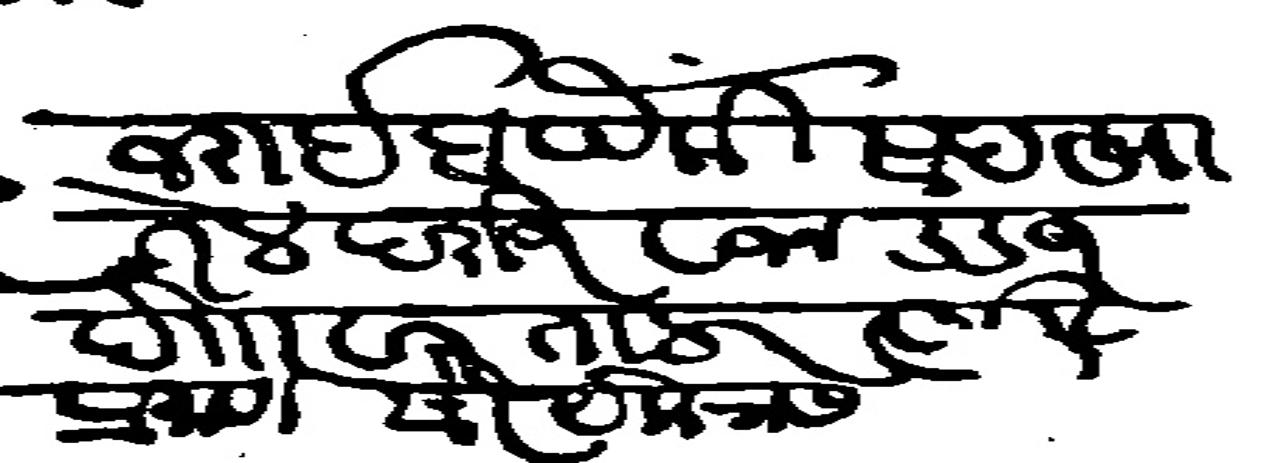
Transliteration (Devanagari): जराईब पैकी सदखा तेल दरोज वजन σσ१ दोो वरताला अडका प्रमाणे सेर येक रास